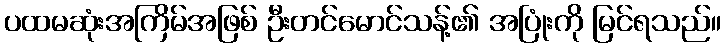
ပထမဆုံးအကြိမ်အဖြစ် ဦးတင်မောင်သန့်၏ အပြုံးကို မြင်ရသည်။